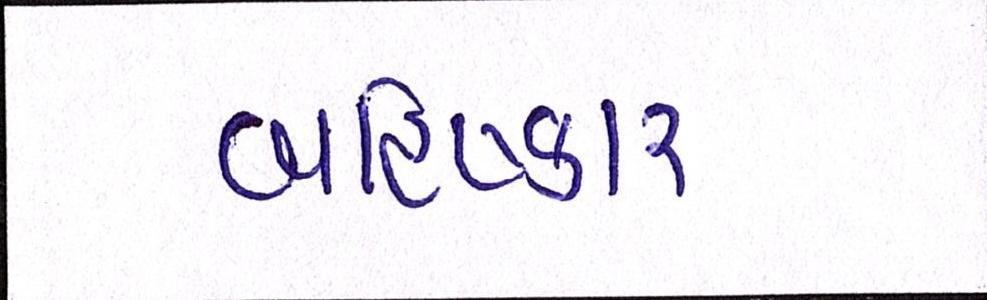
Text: બહિષ્કાર